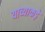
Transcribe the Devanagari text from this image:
याच्याकड़े